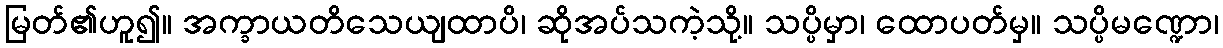
မြတ်၏ဟူ၍။ အက္ခာယတိသေယျထာပိ၊ ဆိုအပ်သကဲ့သို့။ သပ္ပိမှာ၊ ထောပတ်မှ။ သပ္ပိမဏ္ဍော၊